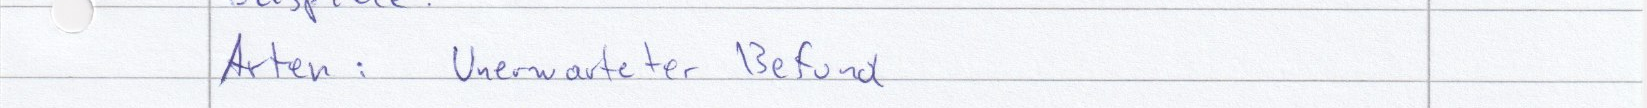
Arten: Unerwarteter Befund